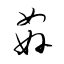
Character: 姦